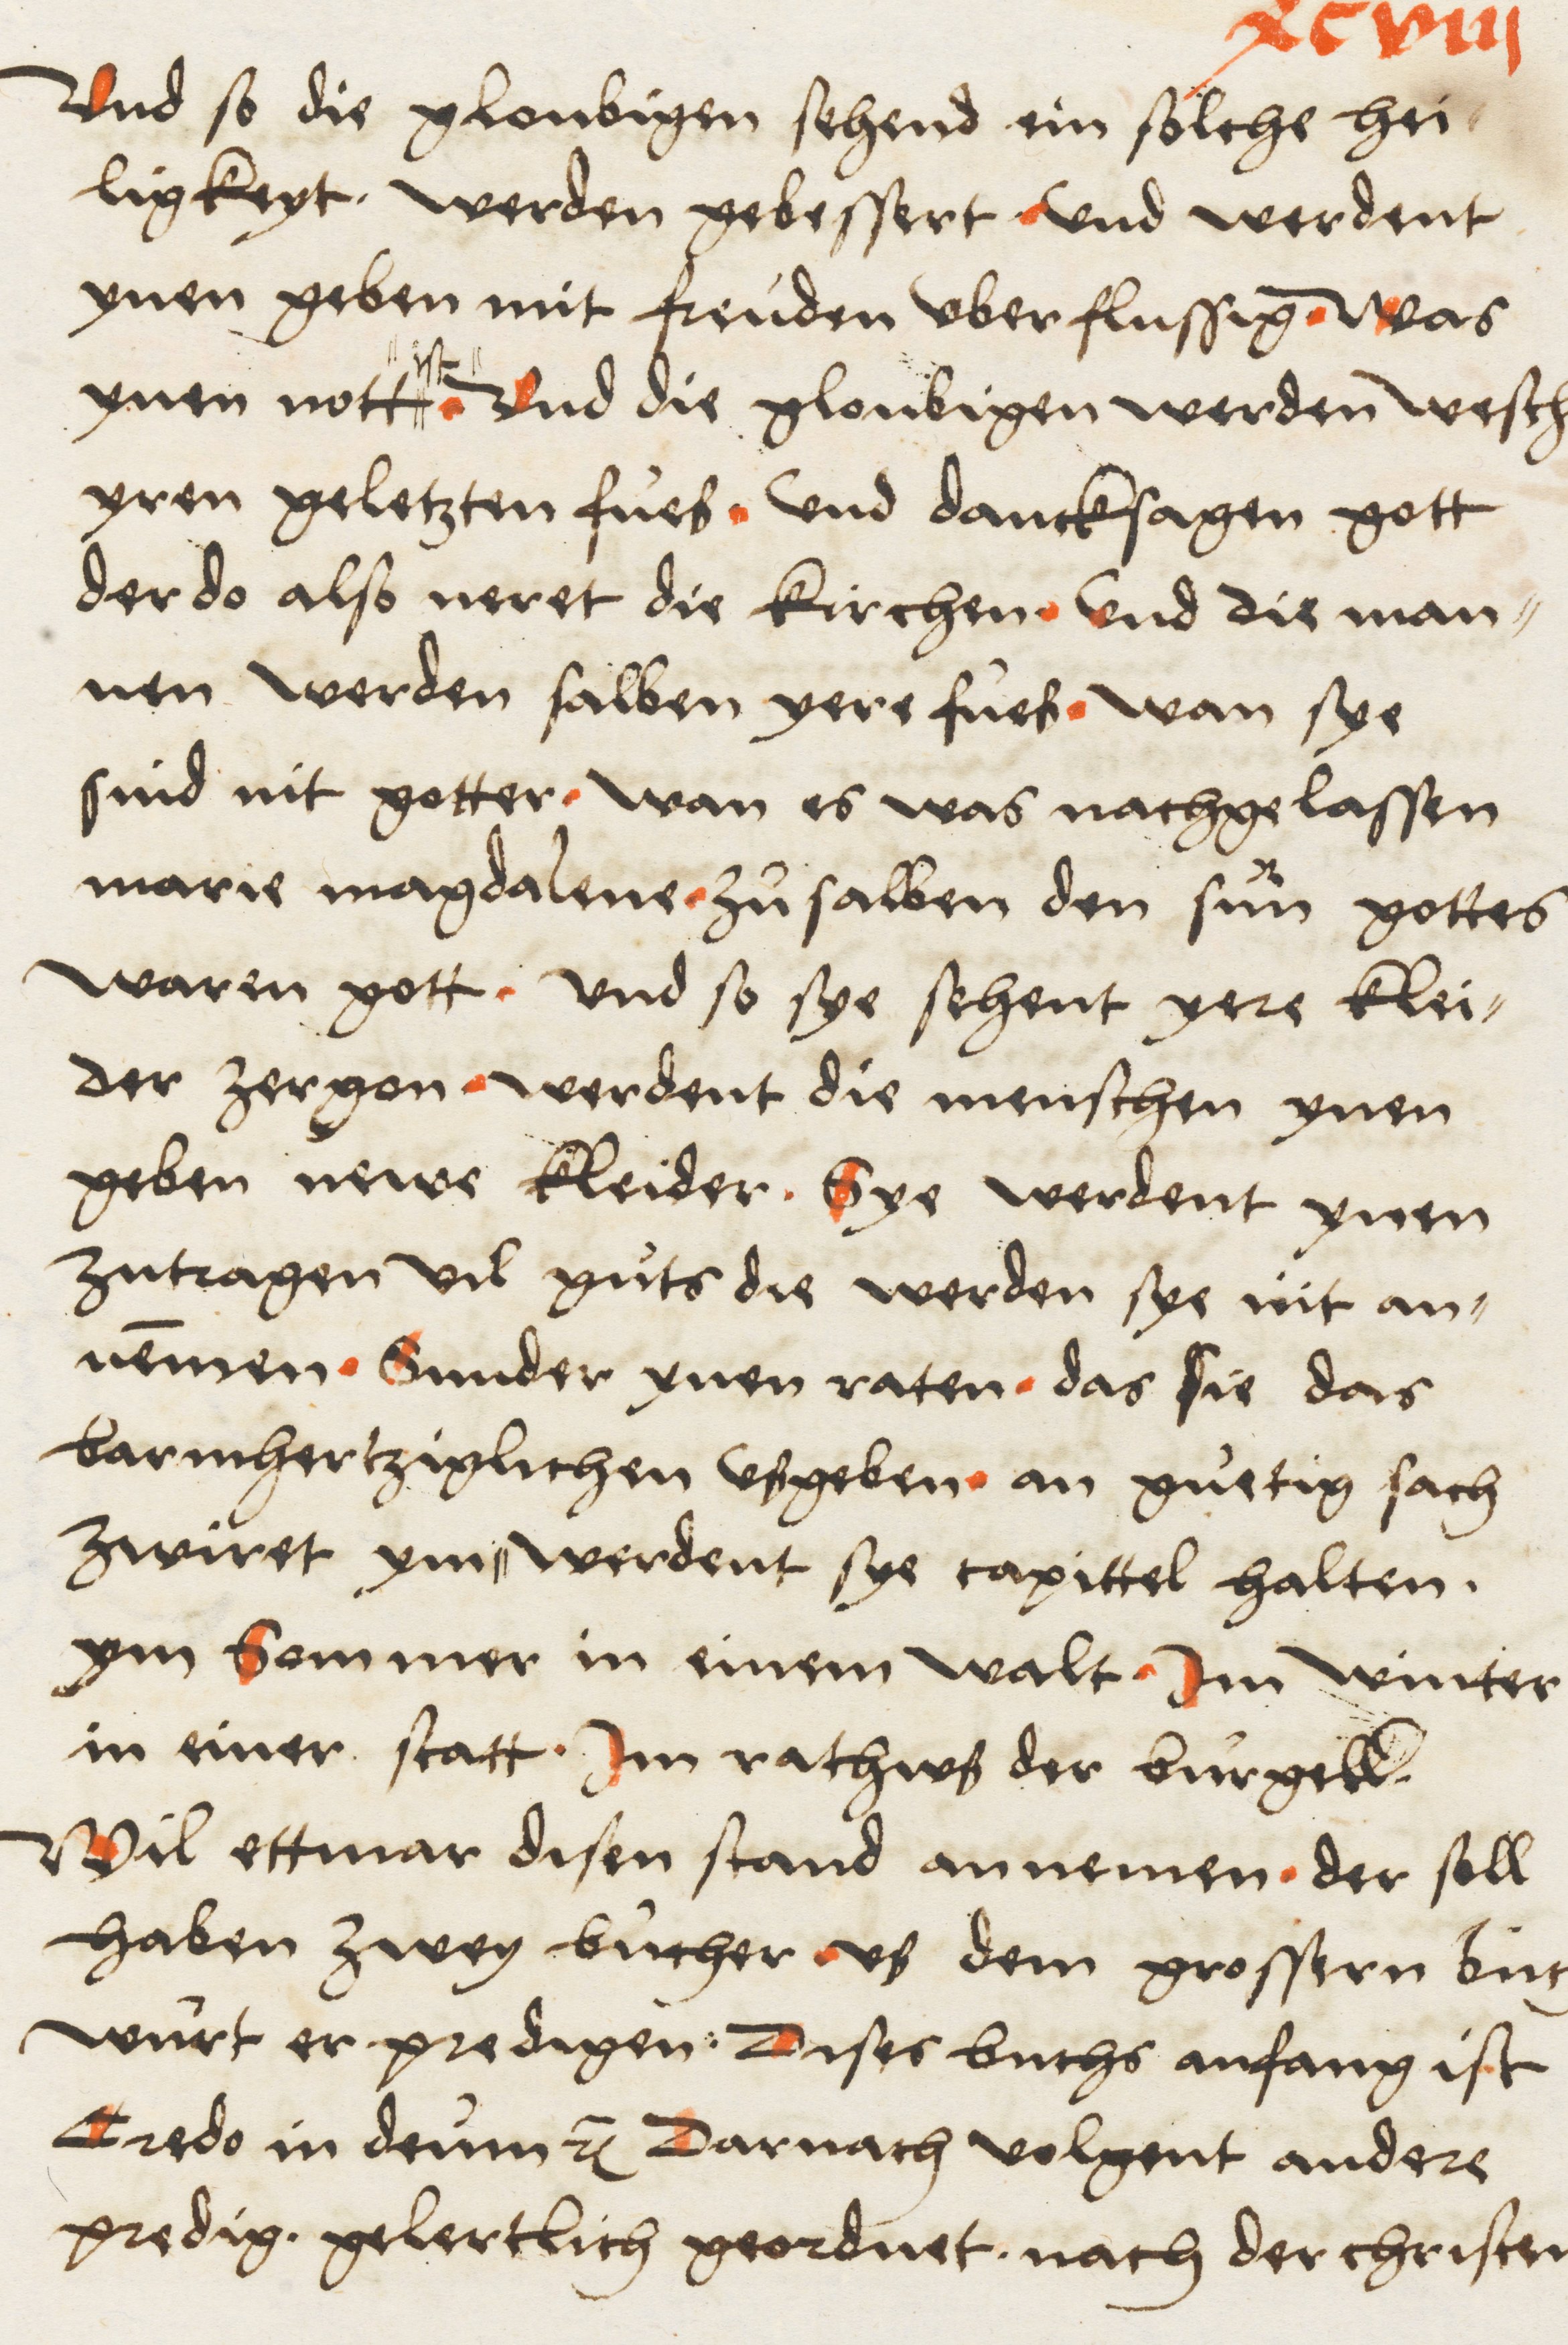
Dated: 1516–1517